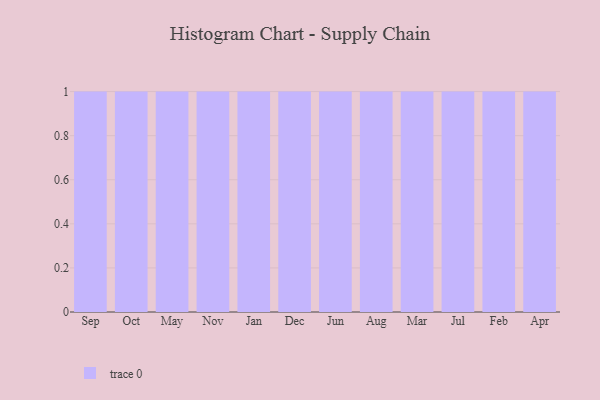
{"axis": {"x": "Month", "y": "Energy Usage (MWh)"}, "legend": [""], "data": [{"x": "Sep", "y": 21, "type": ""}, {"x": "Oct", "y": 30, "type": ""}, {"x": "May", "y": 27, "type": ""}, {"x": "Nov", "y": 86, "type": ""}, {"x": "Jan", "y": 41, "type": ""}, {"x": "Dec", "y": 79, "type": ""}, {"x": "Jun", "y": 75, "type": ""}, {"x": "Aug", "y": 53, "type": ""}, {"x": "Mar", "y": 40, "type": ""}, {"x": "Jul", "y": 30, "type": ""}, {"x": "Feb", "y": 9, "type": ""}, {"x": "Apr", "y": 7, "type": ""}]}